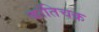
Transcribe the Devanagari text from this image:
कांतिचक्र